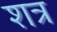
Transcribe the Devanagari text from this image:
शत्र